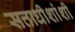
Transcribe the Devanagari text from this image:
सत्ताधीशांशी